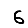
Digit: 6